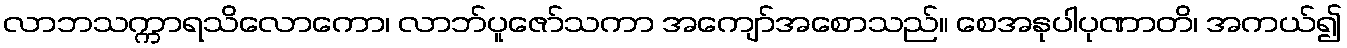
လာဘသက္ကာရသိလောကော၊ လာဘ်ပူဇော်သကာ အကျော်အစောသည်။ စေအနုပါပုဏာတိ၊ အကယ်၍